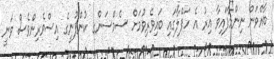
ބާއްވަން ނިންމާފައިވާ އިރު އެ ހަފްލާގައި ބައިވެރިވުމަށް ސެމްސަންގ ކުންފުނީގެ އިސްވެރިންވެސް ވަނީ